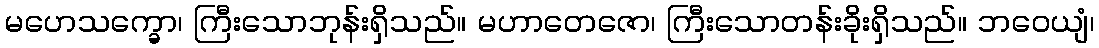
မဟေသက္ခော၊ ကြီးသောဘုန်းရှိသည်။ မဟာတေဇော၊ ကြီးသောတန်းခိုးရှိသည်။ ဘဝေယျံ၊